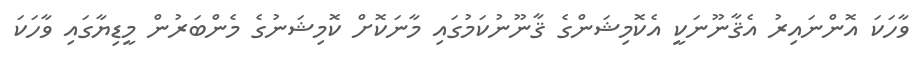
ވާހަކަ އޮންނައިރު އެޤާނޫނަކީ އެކޮމިޝަންގެ ޤާނޫނުކަމުގައި މާނަކޮށް ކޮމިޝަނުގެ މެންބަރުން މީޑިޔާގައި ވާހަކަ